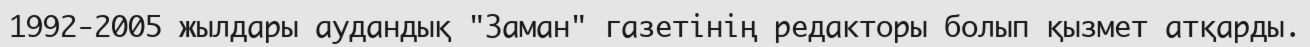
1992-2005 жылдары аудандық "Заман" газетінің редакторы болып қызмет атқарды.